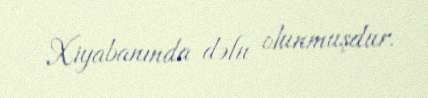
Xiyabanında dəfn olunmuşdur.